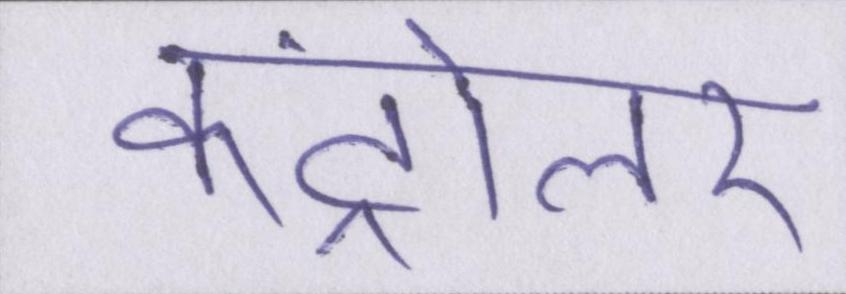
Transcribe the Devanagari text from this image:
कंट्रोलर